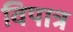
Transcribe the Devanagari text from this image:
विपात्र